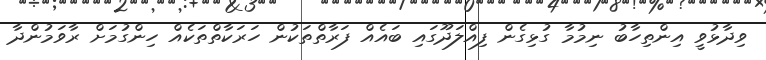
ވިދާޅުވީ އިންތިހާބު ނިމުމާ ގުޅިގެން ފިއްލަދޫގައި ބައެއް ފަރާތްތަކުން ހަރަކާތްތަކެއް ހިންގުމަށް ރާވަމުންދާ